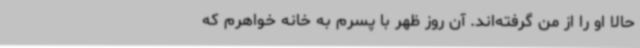
حالا او را از من گرفته‌اند. آن روز ظهر با پسرم به خانه خواهرم که